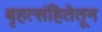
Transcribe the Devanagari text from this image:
बृहत्संहितेतून